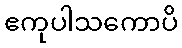
ဧကုပါသကောပိ